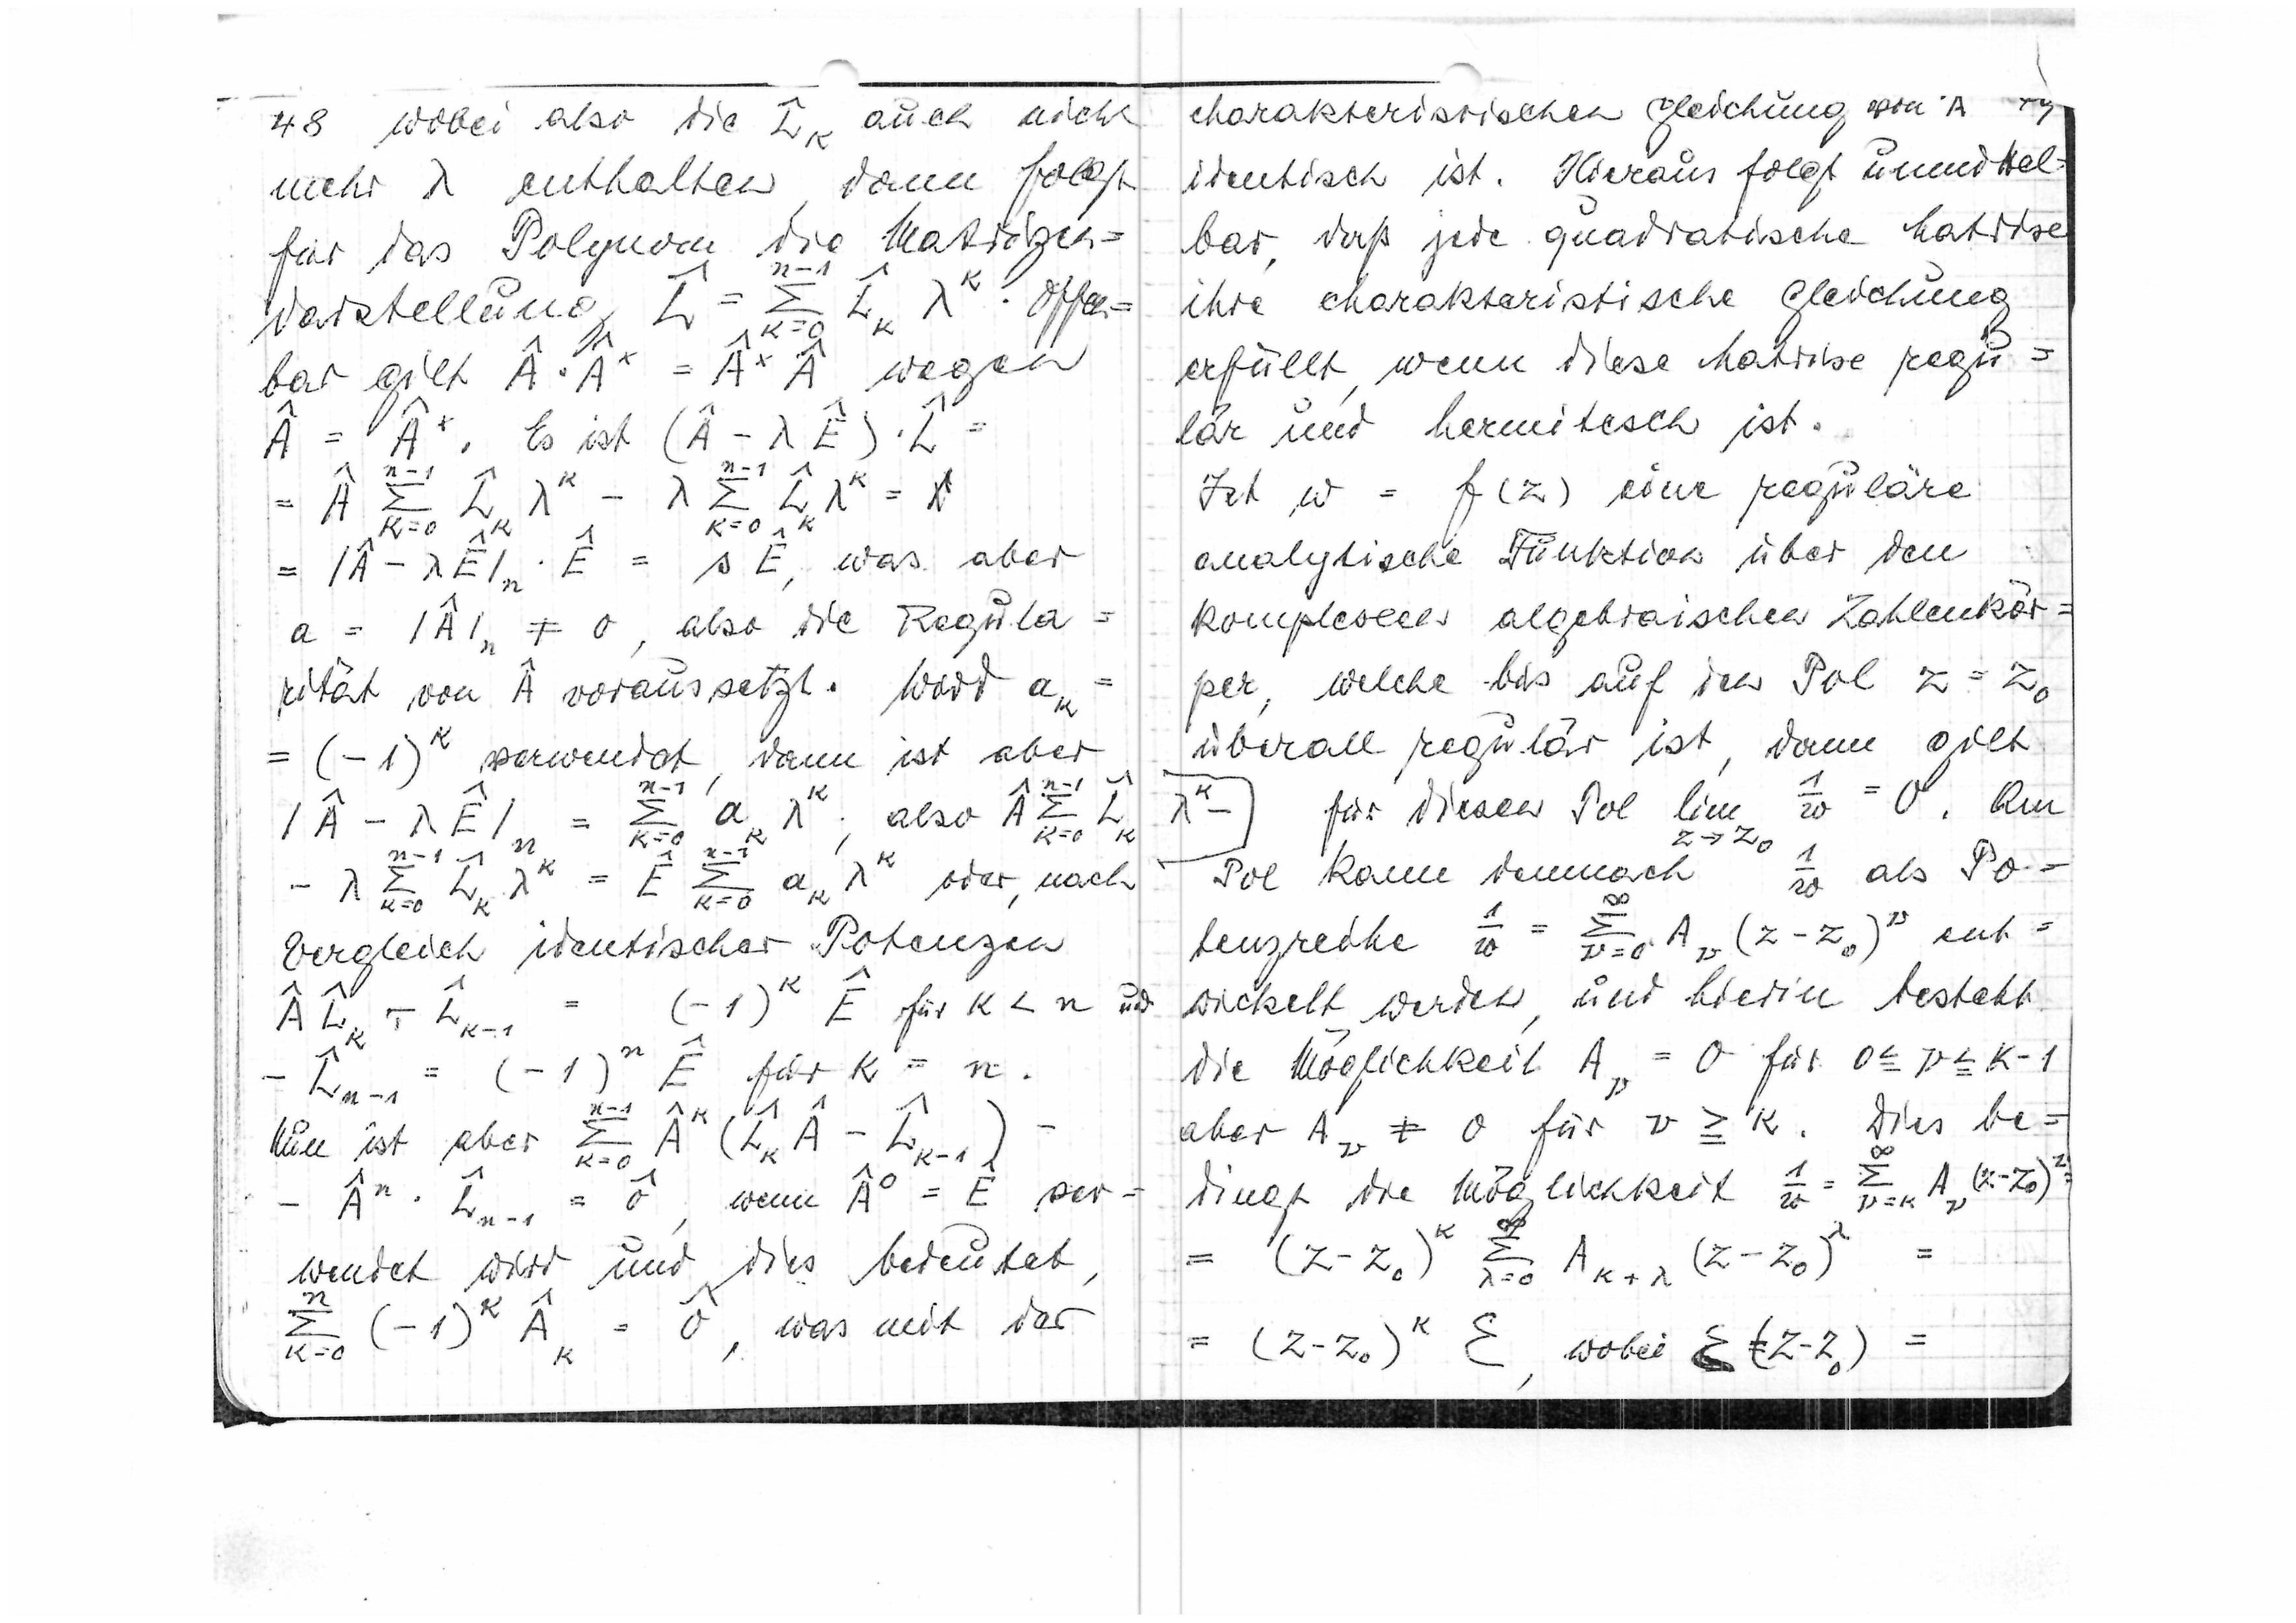
48
wobei also die

auch nicht
mehr λ enthalten, dann folgt
für das Polynom die Matrizen?
darstellung

Offen=
bar gilt

wegen

Es ist

was aber
=

also die Regula=
rität von

voraussetzt. Wird ak =
=(-1)k
permuitert, dann ist aber

also

oder nach

Vergleich identischer Potenzen

für k<n und

für k=n

Nun ist aber

wenn

ver=
wendet wird und die bedeutet

was mit der

charakteristischen Gleichung von A
49
identisch ist. Hieraus folgt unmittel=
bar, daß jede quadratische MAtrix
ihre charakteristische Gleichung
erfüllt, wenn diese Matrix regu=
lär und hermitisch ist.
Ist w=f(z)eine reguläre
analytische Funktion über dem
komplexen algebraische Zahlenkör=
per, welche bis auf den Pol z=z0
überall regulär ist, dann gilt

für diese Pol

Am

Pol kann demnach
w als Po=
tenzreihe

ent=
wickelt werdne, und hierin besteht
die Möglichkeit Aν=0 für 0≦ν≦k-1
aber Aν =0 für ν≧k. Dies be
dingt die Möglichkeit